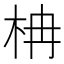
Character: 柟